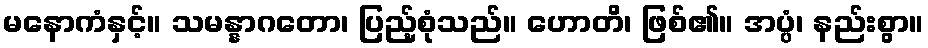
မနောကံနှင့်။ သမန္နာဂတော၊ ပြည့်စုံသည်။ ဟောတိ၊ ဖြစ်၏။ အပ္ပံ၊ နည်းစွာ။